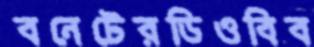
বনেটেরডিওবিব